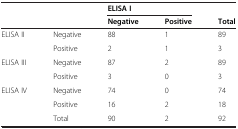
<table><thead><tr><td rowspan="2" colspan="2"></td><td colspan="2"><b>ELISA I</b></td><td></td></tr><tr><td><b>Negative</b></td><td><b>Positive</b></td><td><b>Total</b></td></tr></thead><tbody><tr><td rowspan="2">ELISA II</td><td>Negative</td><td>88</td><td>1</td><td>89</td></tr><tr><td>Positive</td><td>2</td><td>1</td><td>3</td></tr><tr><td rowspan="2">ELISA III</td><td>Negative</td><td>87</td><td>2</td><td>89</td></tr><tr><td>Positive</td><td>3</td><td>0</td><td>3</td></tr><tr><td rowspan="2">ELISA IV</td><td>Negative</td><td>74</td><td>0</td><td>74</td></tr><tr><td>Positive</td><td>16</td><td>2</td><td>18</td></tr><tr><td></td><td>Total</td><td>90</td><td>2</td><td>92</td></tr></tbody></table>